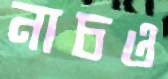
নাচও